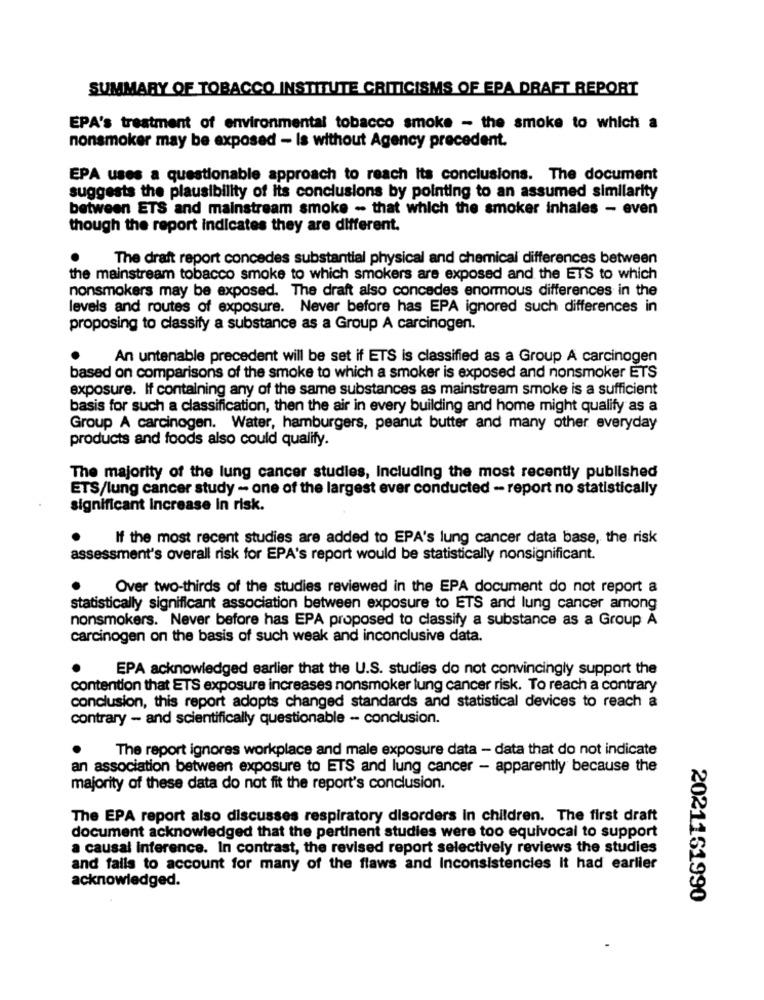
SUMMARY OF TOBACCO INSTITUTE CRITICISMS OF EPA DRAFT REPORT
EPA's treatment of environmental tobacco smoke - the smoke to which a
nonsmoker may be exposed - Is without Agency precedent.
EPA uses a questionable approach to reach its conclusions. The document
suggests the plausibility of its conclusions by pointing to an assumed similarity
between ETS and mainstream smoke - that which the smoker inhales - even
though the report indicates they are different.
The draft report concedes substantial physical and chemical differences between
the mainstream tobacco smoke to which smokers are exposed and the ETS to which
nonsmokers may be exposed. The draft also concedes enormous differences in the
levels and routes of exposure. Never before has EPA ignored such differences in
proposing to classify a substance as a Group A carcinogen.
An untenable precedent will be set if ETS is classified as a Group A carcinogen
based on comparisons of the smoke to which a smoker is exposed and nonsmoker ETS
exposure. If containing any of the same substances as mainstream smoke is a sufficient
basis for such a classification, then the air in every building and home might qualify as a
Group A carcinogen. Water, hamburgers, peanut butter and many other everyday
products and foods also could qualify.
The majority of the lung cancer studies, Including the most recently published
ETS/lung cancer study - one of the largest ever conducted - report no statistically
significant Increase in risk.
If the most recent studies are added to EPA's lung cancer data base, the risk
assessment's overall risk for EPA's report would be statistically nonsignificant.
Over two-thirds of the studies reviewed in the EPA document do not report a
statistically significant association between exposure to ETS and lung cancer among
nonsmokers. Never before has EPA proposed to classify a substance as a Group A
carcinogen on the basis of such weak and inconclusive data.
EPA acknowledged earlier that the U.S. studies do not convincingly support the
contention that ETS exposure increases nonsmoker lung cancer risk. To reach a contrary
conclusion, this report adopts changed standards and statistical devices to reach a
contrary - and scientifically questionable -- conclusion.
The report ignores workplace and male exposure data - data that do not indicate
an association between exposure to ETS and lung cancer - apparently because the
majority of these data do not fit the report's conclusion.
The EPA report also discusses respiratory disorders in children. The first draft
document acknowledged that the pertinent studies were too equivocal to support
a causal inference. In contrast, the revised report selectively reviews the studies
and fails to account for many of the flaws and Inconsistencies It had earlier
acknowledged.
2021161990